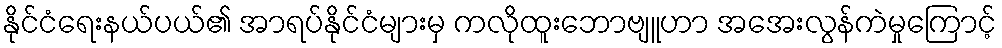
နိုင်ငံရေးနယ်ပယ်၏ အာရပ်နိုင်ငံများမှ ကလိုထူးဘောဗျူဟာ အအေးလွန်ကဲမှုကြောင့်